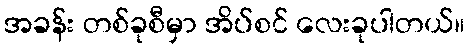
အခန်း တစ်ခုစီမှာ အိပ်စင် လေးခုပါတယ်။